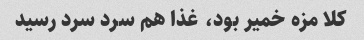
کلا مزه خمیر بود، غذا هم سرد سرد رسید